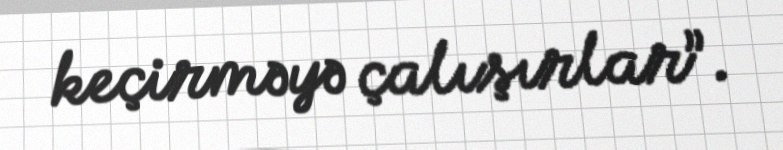
keçirməyə çalışırlar”.